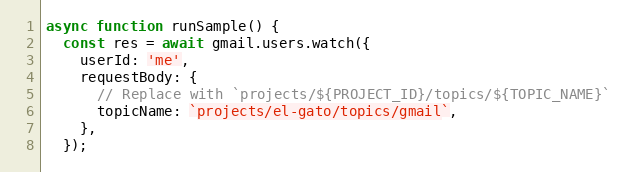
Language: JavaScript
async function runSample() {
  const res = await gmail.users.watch({
    userId: 'me',
    requestBody: {
      // Replace with `projects/${PROJECT_ID}/topics/${TOPIC_NAME}`
      topicName: `projects/el-gato/topics/gmail`,
    },
  });